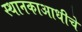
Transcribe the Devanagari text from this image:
स्थानकाआधीचे